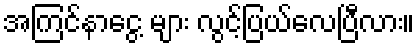
အကြင်နာငွေ့ များ လွင့်ပြယ်လေပြီလား။